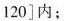
120]内；